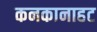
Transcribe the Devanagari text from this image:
कनकानाहट